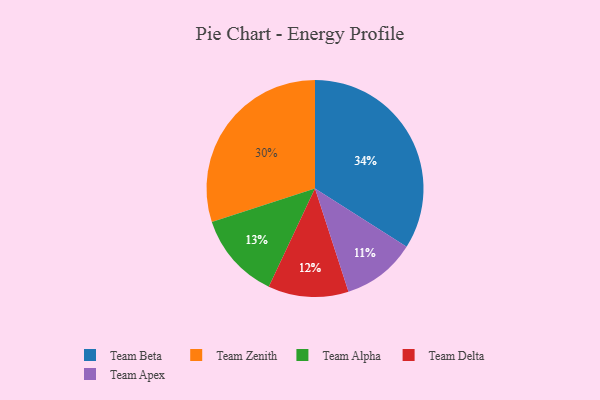
{"axis": {"x": "Category", "y": "Percentage"}, "legend": ["Team Alpha", "Team Apex", "Team Beta", "Team Delta", "Team Zenith"], "data": [{"x": "Team Beta", "y": 34, "type": "Team Beta"}, {"x": "Team Alpha", "y": 13, "type": "Team Alpha"}, {"x": "Team Apex", "y": 11, "type": "Team Apex"}, {"x": "Team Delta", "y": 12, "type": "Team Delta"}, {"x": "Team Zenith", "y": 30, "type": "Team Zenith"}]}